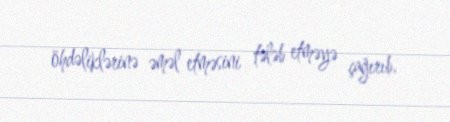
öhdəliklərinə əməl etməsini tələb etməyə çağırıb.